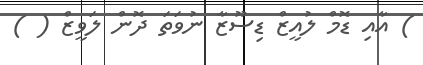
) އާއި ޑޮމް ލުއީޒް ޑިސޫޒާ ނުވަތަ ދޮން ލަވީޒް ( )